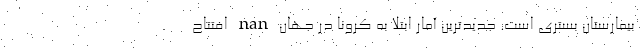
بیمارستان بستری است. جدیدترین آمار ابتلا به کرونا در جهان nan افتتاح